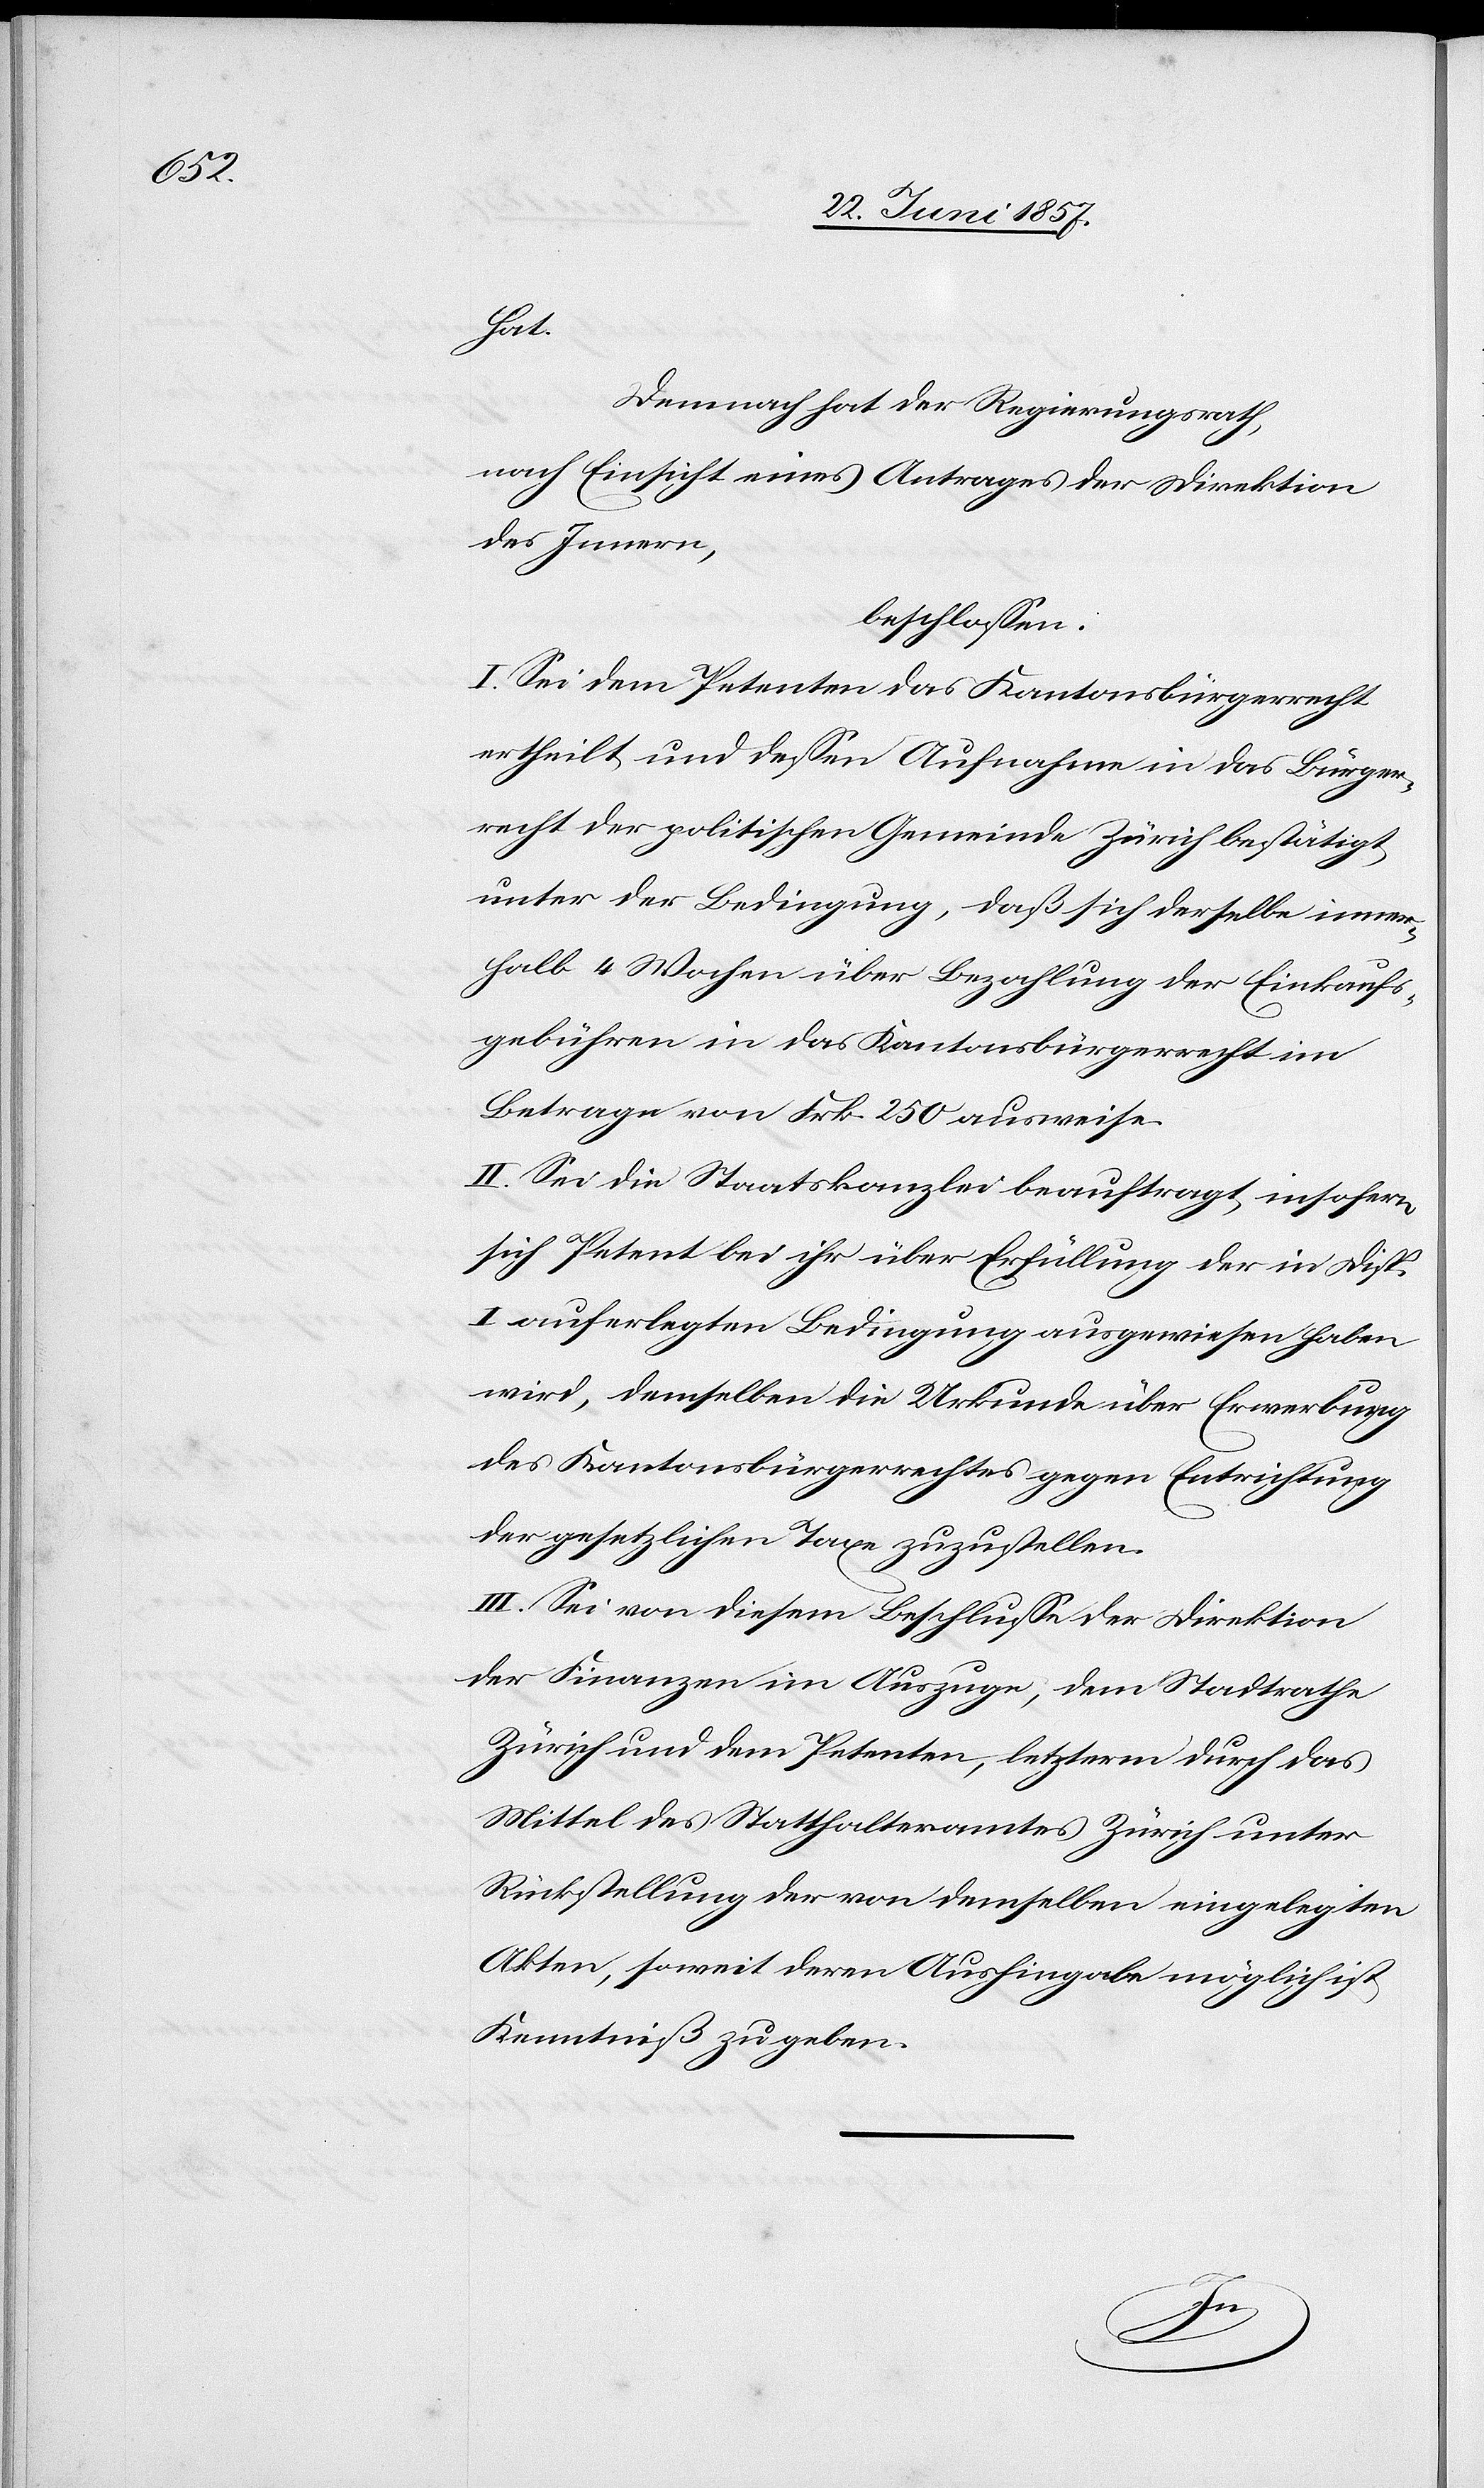
hat.
Demnach hat der Regierungsrath,
nach Einsicht eines Antrages der Direktion
des Innern,
beschlossen:
I. Sei dem Petenten das Kantonsbürgerrecht
ertheilt und dessen Aufnahme in das Bürger¬
recht der politischen Gemeinde Zürich bestätigt,
unter der Bedingung, daß sich derselbe inner¬
halb 4 Wochen über Bezahlung der Einkaufs¬
gebühren in das Kantonsbürgerrecht im
Betrage von Frk. 250 ausweise.
II. Sei die Staatskanzlei beauftragt insofern
sich Petent bei ihr über die Erfüllung der in Disp.
I auferlegten Bedingungen ausgewiesen haben
wird, demselben die Urkunde über Erwerbung
des Kantonsbürgerrechtes gegen Entrichtung
der gesetzlichen Taxe zuzustellen.
III. Sei von diesem Beschlusse der Direktion
der Finanzen im Auszuge, dem Stadtrathe
Zürich und dem Petenten, letzterm durch das
Mittel des Statthalteramtes Zürich unter
Rückstellung der von demselben eingelegten
Akten, soweit deren Aushingabe möglich ist
Kenntniß zu geben.